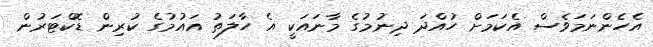
އެހެންނަމަވެސް އެކަމަށް ހުއްދަ ދިނުމުގެ މާނައަކީ އެ ހާލަތު އައުމުގެ ކުރިން ޑޮކްޓަރުން